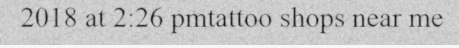
2018 at 2:26 pmtattoo shops near me